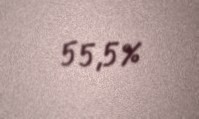
55,5%